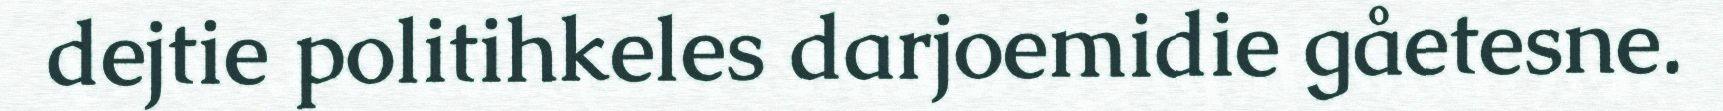
dejtie politihkeles darjoemidie gåetesne.